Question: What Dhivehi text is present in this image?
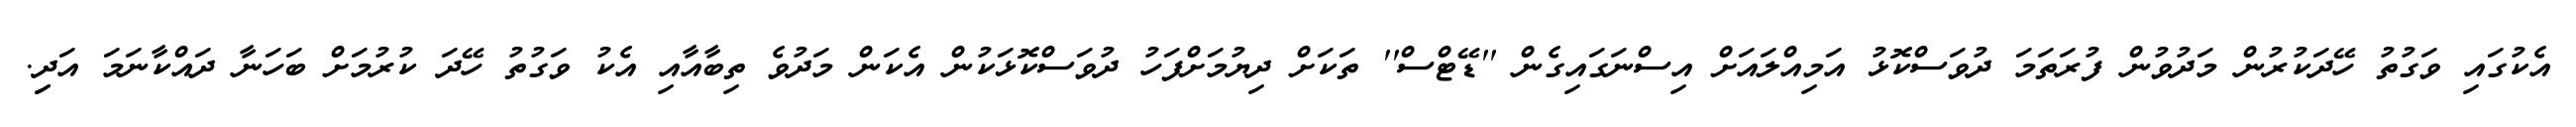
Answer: އެކުގައި ވަގުތު ހޭދަކުރުން މަދުވުން ފުރަތަމަ ދުވަސްކޮޅު އަމިއްލައަށް އިސްނަގައިގެން ''ޑޭޓްސް'' ތަކަށް ދިޔުމަށްފަހު ދުވަސްކޮޅަކުން އެކަން މަދުވެ ތިބާއާއި އެކު ވަގުތު ހޭދަ ކުރުމަށް ބަހަނާ ދައްކާނަމަ އަދިި.